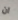
ان